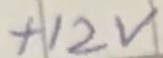
Text: +12V